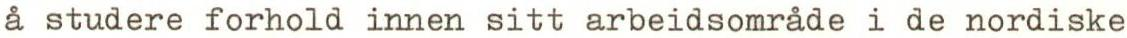
å studere forhold innen sitt arbeidsområde i de nordiske